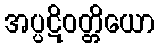
အပ္ပဋိဝတ္တိယော